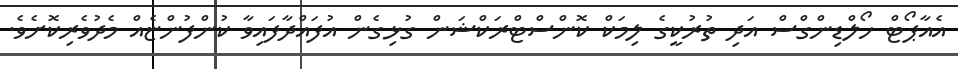
އެއާޕޯޓް ހޯލްޑިންގްސް އަދި ތުރުކީގެ ލިމަކް ކޮންސްޓްރަކްޝަން ގުޅިގެން އުފައްދާފައިވާ ކުންފުންޏެއް މެދުވެރިކޮށެވެ.